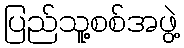
ပြည်သူ့စစ်အဖွဲ့